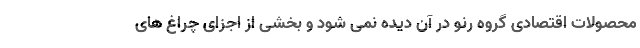
محصولات اقتصادی گروه رنو در آن دیده نمی شود و بخشی از اجزای چراغ های